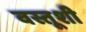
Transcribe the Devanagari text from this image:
वस्तूशी